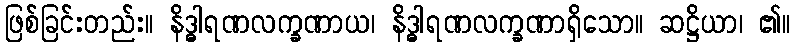
ဖြစ်ခြင်းတည်း။ နိဒ္ဓါရဏလက္ခဏာယ၊ နိဒ္ဓါရဏလက္ခဏာရှိသော။ ဆဋ္ဌိယာ၊ ၏။